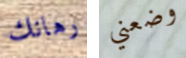
رهانك وضعني